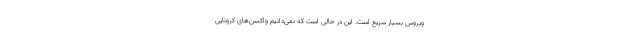
ویروس بسیار سریع است. این در حالی است که نمی‌دانیم واکسن‌های کرونایی